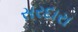
સરદારા